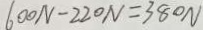
6 0 0 N - 2 2 0 N = 3 8 0 N